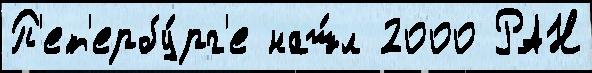
П'ет'ербу́рг'е наш́л 2000 РАН